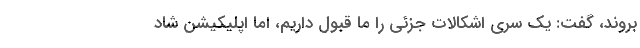
بروند، گفت: یک سری اشکالات جزئی را ما قبول داریم، اما اپلیکیشن شاد